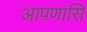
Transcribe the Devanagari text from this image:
आपणासि